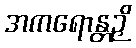
အကရောန္တဉှိ